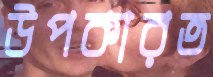
উপকারত